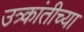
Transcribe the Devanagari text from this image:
उत्र्कांतीच्या